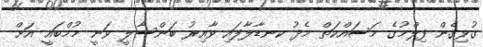
ގުޅިގެން ފިލްމުގެ މަސައްކަތް މެދު ކނޑާލާފައި ވާއިރު ބަންސާލީ ވަނީ މުމްބައީ އަށް